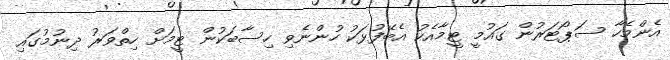
އެންމެހާ ސަޕޯޓަރުން ގައުމީ ޓީމާއެކު އެބޭފުޅަކު ހުންނެވި ހިސާބަކުން ޓީމަށް ހިތްވަރު ދިނުމުގައި